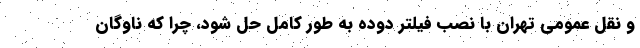
و نقل عمومی تهران با نصب فیلتر دوده به طور کامل حل شود، چرا که ناوگان